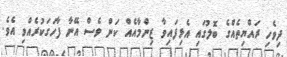
ދިވެހި ރައްޔިތެއްގެ ބޮލުގައި އެޅިފައިވާ ޒިންމާއެއް ކަން ވެސް އޭނާ ފާހަގަކުރެއްވި އެވެ.